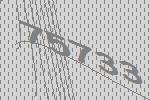
75733